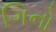
ગિનો